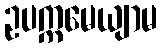
ဥပက္ကမေယျာမ